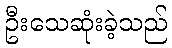
ဦးသေဆုံးခဲ့သည်